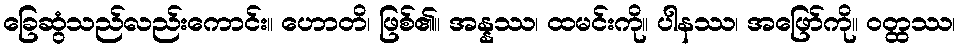
ခြေဆွံသည်လည်းကောင်း။ ဟောတိ၊ ဖြစ်၏။ အန္နဿ၊ ထမင်းကို။ ပါနဿ၊ အဖြော်ကို။ ဝတ္ထဿ၊